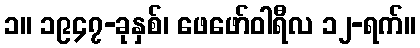
၁။ ၁၉၄၇-ခုနှစ်၊ ဖေဖော်ဝါရီလ ၁၂-ရက်။